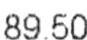
89.50